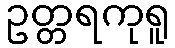
ဥတ္တရကုရူ